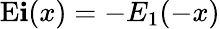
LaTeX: \operatorname{E\mathbf{i}}(x)=-E_{1}(-x)